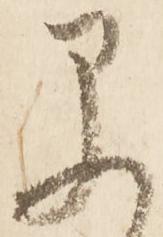
早